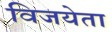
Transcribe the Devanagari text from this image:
विजयेता